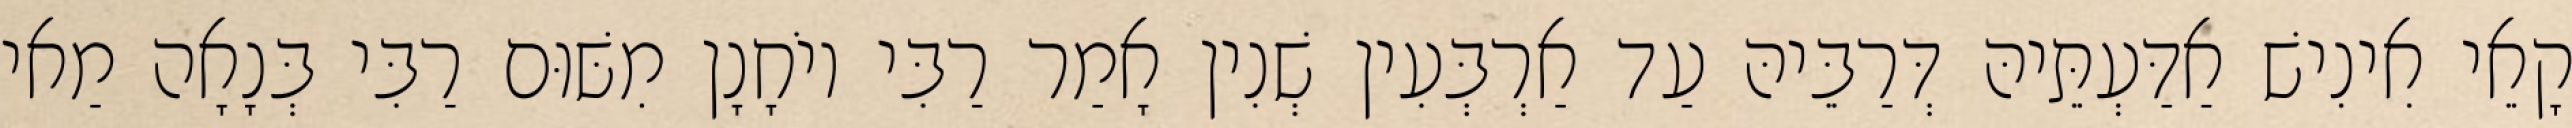
קָאֵי אִינִישׁ אַדַּעְתֵּיהּ דְּרַבֵּיהּ עַד אַרְבְּעִין שְׁנִין אָמַר רַבִּי יוֹחָנָן מִשּׁוּם רַבִּי בְּנָאָה מַאי